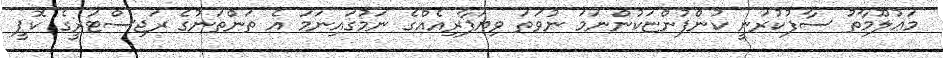
މަޢުލޫމާތު ސާފުކުރަނީ ކުންފުންޏަކުންނަމަ ނުވަތަ ވިޔަފާރިއެއްގެ ނަމުގައިނަމަ އެ ތަންތަނުގެ ރަޖިސްޓަރީގެ ކޮޕީ